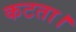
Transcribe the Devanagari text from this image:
कटता।